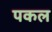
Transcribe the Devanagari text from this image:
पकल